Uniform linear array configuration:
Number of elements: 24
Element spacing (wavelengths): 1
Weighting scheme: binomial
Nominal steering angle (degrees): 45
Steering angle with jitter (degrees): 45.714
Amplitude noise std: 0.05
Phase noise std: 0.05

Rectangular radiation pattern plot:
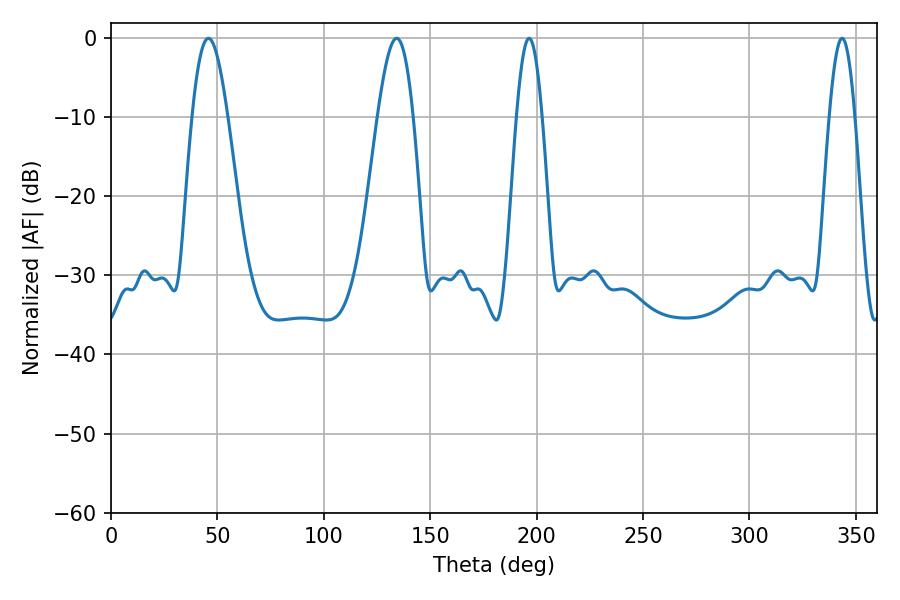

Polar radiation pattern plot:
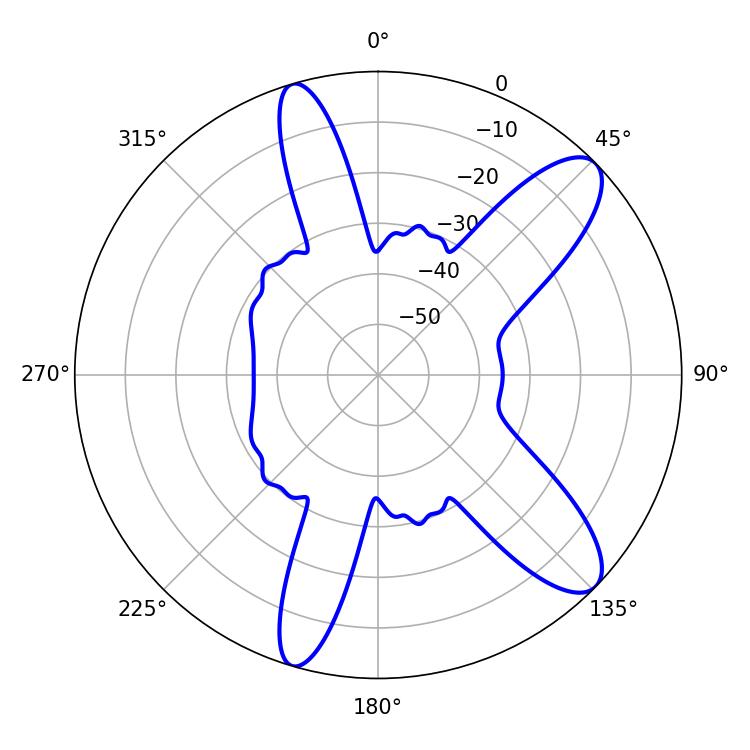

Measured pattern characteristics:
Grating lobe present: TRUE
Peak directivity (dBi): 10.526
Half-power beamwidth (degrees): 9
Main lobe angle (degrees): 45.72